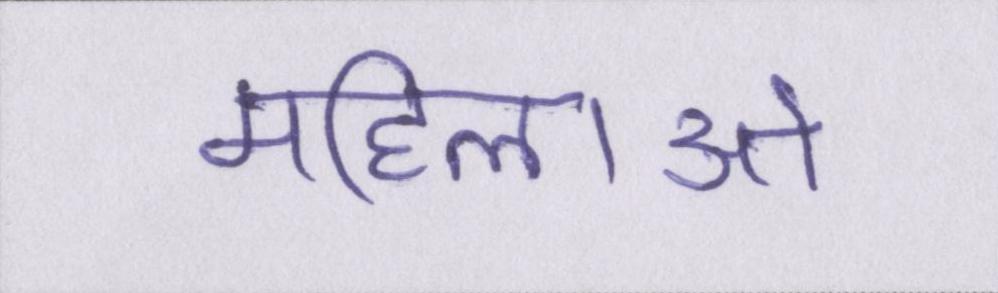
महिलाओ